Medical and sanitary report on the native army of Bombay for the year
Year: 1879
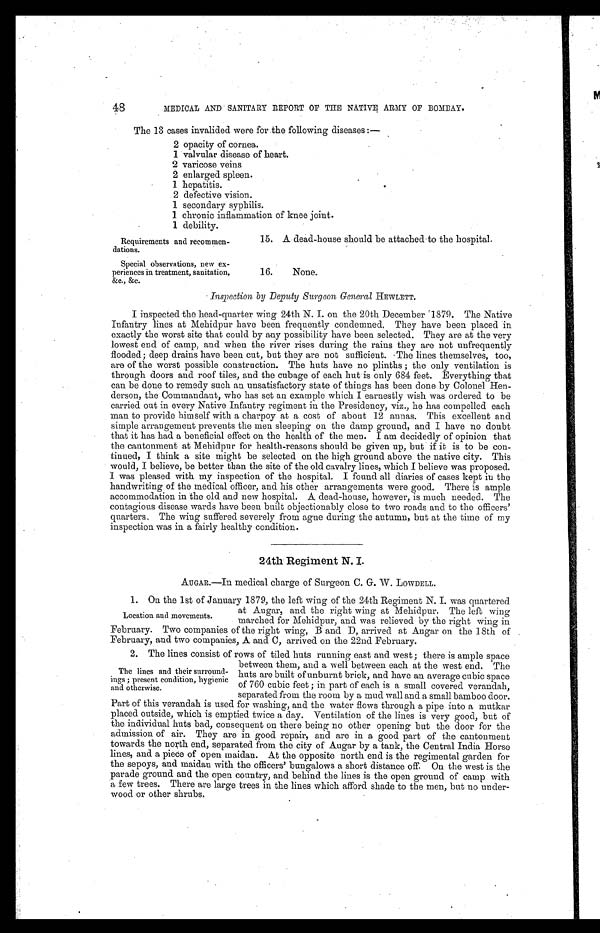
48
MEDICAL AND SANITARY REPORT OF THE NATIVE ARMY OF BOMBAY.
The 13 cases invalided were for the following diseases:—
2 opacity of cornea.
1 valvular disease of heart.
2 varicose veins
2 enlarged spleen.
1 hepatitis.
2 defective vision.
1 secondary syphilis.
1chronic inflammation of knee joint.
1 debility.
15. A dead-house should be attached to the hospital.
16. None.
Inspection by Deputy Surgeon General HEWLETT.
I inspected the head-quarter wing 24th N. I. on the 20th December 1879. The Native
Infantry lines at Mehidpur have been frequently condemned. They have been placed in
exactly the worst site that could by any possibility have been selected. They are at the very
lowest end of camp, and when the river rises during the rains they are not unfrequently
flooded; deep drains have been cut, but they are not sufficient. The lines themselves, too,
are of the worst possible construction. The huts have no plinths; the only ventilation is
through doors and roof tiles, and the cubage of each hut is only 684 feet. Everything that
can be done to remedy such an unsatisfactory state of things has been done by Colonel Hen--
derson, the Commandant, who has set an example which I earnestly wish was ordered to be
carried out in every Native Infantry regiment in the Presidency, viz., he has compelled each
man to provide himself with a charpoy at a cost of about 12 annas. This excellent and
simple arrangement prevents the men sleeping on the damp ground, and I have no doubt
that it has had a beneficial effect on the health of the men. I am decidedly of opinion that
the cantonment at Mehidpur for health-reasons should be given up, but if it is to be con--
tinued, I think a site might be selected on the high ground above the native city. This
would, I believe, be better than the site of the old cavalry lines, which I believe was proposed.
I was pleased with my inspection of the hospital. I found all diaries of cases kept in the
handwriting of the medical officer, and his other arrangements were good. There is ample
accommodation in the old and new hospital. A dead-house, however, is much needed. The
contagious disease wards have been built objectionably close to two roads and to the officers'
quarters, The wing suffered severely from ague during the autumn, but at the time of my
inspection was in a fairly healthy condition.
24th Regiment N. I.
AUGAR.—In medical charge of Surgeon C. G. W. LOWDELL.
1. On the 1st of January 1879, the left wing of the 24th Regiment N. I. was quartered
at Augur, and the right wing at Mehidpur. The left wing
marched for Mehidpur, and was relieved by the right Wing in
February. Two companies of the right wing, B and D, arrived at Augar on the 18th of
February, and two companies, A and C, arrived on the 22nd February.
2. The lines consist of rows of tiled huts running east and west; there is ample space
between them, and a well between each at the west end. The
huts are built of unburnt brick, and have an average cubic space
of 760 cubic feet; in part of each is a small covered verandah,
separated from the room by a mud wall and a small bamboo door.
Part of this verandah is used for washing, and the water flows through a pipe into a mutkar
placed outside, which is emptied twice a day. Ventilation of the lines is very good, but of
the individual huts bad, consequent on there being no other opening but the door for the
admission of air. They are in good repair, and are in a good part of the cantonment
towards the north end, separated from the city of Augar by a tank, the Central India Horse
lines, and a piece of open maidan. At the opposite north end is the regimental garden for
the sepoys, and maidan with the officers' bungalows a short distance off. On the west is the
parade ground and the open country, and behind the lines is the open ground of camp with
a few trees. There are large trees in the lines which afford shade to the men, but no under-
wood or other shrubs.
Requirements and recommen--
dations.
Special observations, new ex-
- p e r i e n c e s i n t r e a t m e n t , s a n i t a t i o n ,
&c., &c.
Location and movements.
The lines and their surround-
ings; present condition, hygienic
and otherwise.